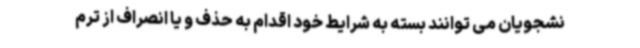
نشجویان می توانند بسته به شرایط خود اقدام به حذف و یا انصراف از ترم